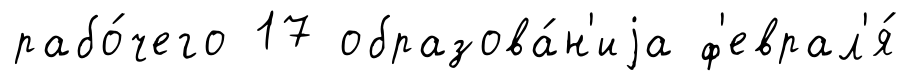
рабо́чего 17 образова́н'иjа ф'еврал'я́